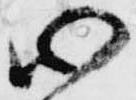
心